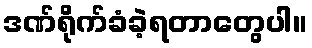
ဒဏ်ရိုက်ခံခဲ့ရတာတွေပါ။